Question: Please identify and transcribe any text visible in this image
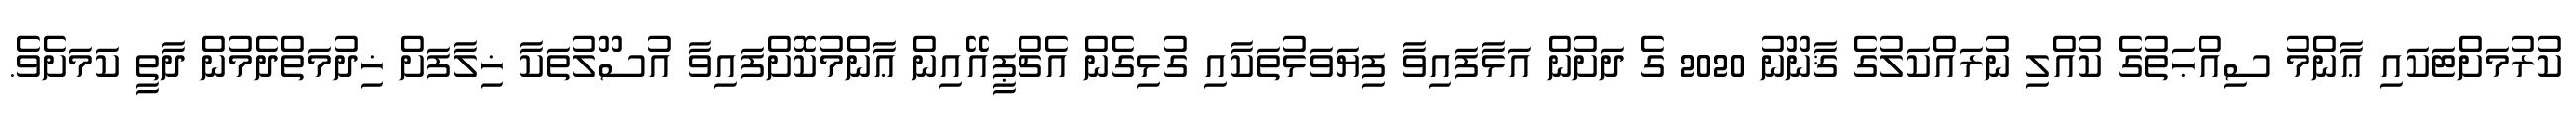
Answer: ކުރުމަށްޓަކައި ޢާންމު ސިއްޙަތުގެ ކުއްލި ނުރައްކަލުގެ ޤާނޫނު 2020 ގެ ދަށުން އަޅާފައިވާ ފިޔަވަޅުތަކާއި ގުޅިގެން އެޗްޕީއޭއިން ޢާންމުކޮށްފައިވާ އުސޫލުތަކާ ޚިލާފަށް ޚިދުމަތްދެމުން ދާތީ ކަމަށެވެ.